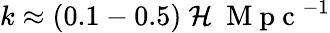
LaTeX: k\approx(0.1-0.5)\ \mathcal{H}\ \mathrm{{~M~p~c~}}^{-1}